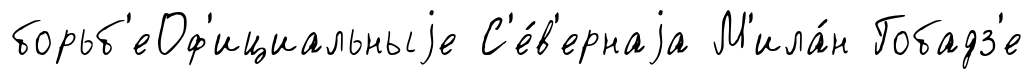
борьб'еОф'ициальныjе С'е́в'ернаjа М'ила́н Гобадз'е